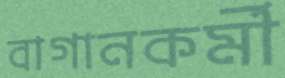
বাগানকর্মী